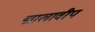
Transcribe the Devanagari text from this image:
द्मालावीप